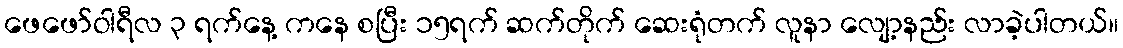
ဖေဖော်ဝါရီလ ၃ ရက်နေ့ ကနေ စပြီး ၁၅ရက် ဆက်တိုက် ဆေးရုံတက် လူနာ လျော့နည်း လာခဲ့ပါတယ်။